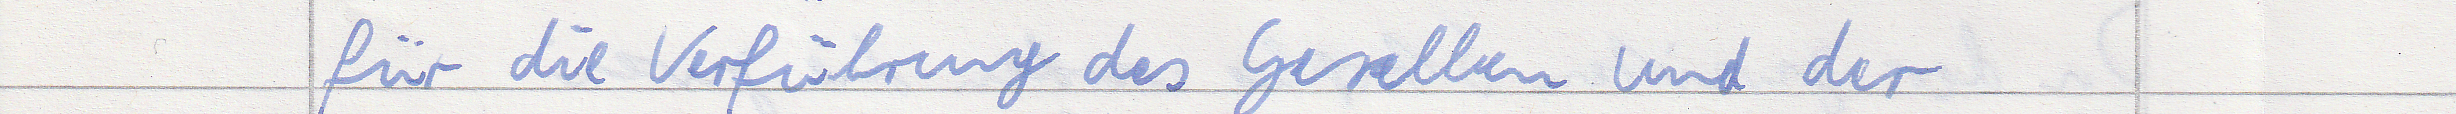
für die Verführung des Gesellen und der